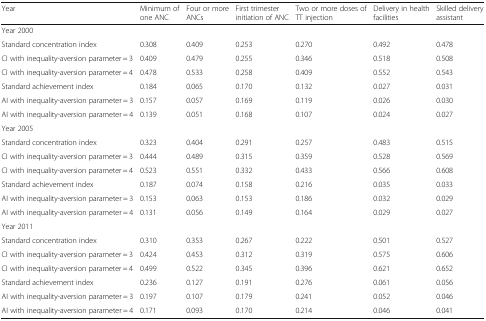
<table><thead><tr><td><b>Year</b></td><td><b>Minimum of one ANC</b></td><td><b>Four or more ANCs</b></td><td><b>First trimester initiation of ANC</b></td><td><b>Two or more doses of TT injection</b></td><td><b>Delivery in health facilities</b></td><td><b>Skilled delivery assistant</b></td></tr></thead><tbody><tr><td>Year 2000</td><td></td><td></td><td></td><td></td><td></td><td></td></tr><tr><td>Standard concentration index</td><td>0.308</td><td>0.409</td><td>0.253</td><td>0.270</td><td>0.492</td><td>0.478</td></tr><tr><td>CI with inequality-aversion parameter = 3</td><td>0.409</td><td>0.479</td><td>0.255</td><td>0.346</td><td>0.518</td><td>0.508</td></tr><tr><td>CI with inequality-aversion parameter = 4</td><td>0.478</td><td>0.533</td><td>0.258</td><td>0.409</td><td>0.552</td><td>0.543</td></tr><tr><td>Standard achievement index</td><td>0.184</td><td>0.065</td><td>0.170</td><td>0.132</td><td>0.027</td><td>0.031</td></tr><tr><td>AI with inequality-aversion parameter = 3</td><td>0.157</td><td>0.057</td><td>0.169</td><td>0.119</td><td>0.026</td><td>0.030</td></tr><tr><td>AI with inequality-aversion parameter = 4</td><td>0.139</td><td>0.051</td><td>0.168</td><td>0.107</td><td>0.024</td><td>0.027</td></tr><tr><td>Year 2005</td><td></td><td></td><td></td><td></td><td></td><td></td></tr><tr><td>Standard concentration index</td><td>0.323</td><td>0.404</td><td>0.291</td><td>0.257</td><td>0.483</td><td>0.515</td></tr><tr><td>CI with inequality-aversion parameter = 3</td><td>0.444</td><td>0.489</td><td>0.315</td><td>0.359</td><td>0.528</td><td>0.569</td></tr><tr><td>CI with inequality-aversion parameter = 4</td><td>0.523</td><td>0.551</td><td>0.332</td><td>0.433</td><td>0.566</td><td>0.608</td></tr><tr><td>Standard achievement index</td><td>0.187</td><td>0.074</td><td>0.158</td><td>0.216</td><td>0.035</td><td>0.033</td></tr><tr><td>AI with inequality-aversion parameter = 3</td><td>0.153</td><td>0.063</td><td>0.153</td><td>0.186</td><td>0.032</td><td>0.029</td></tr><tr><td>AI with inequality-aversion parameter = 4</td><td>0.131</td><td>0.056</td><td>0.149</td><td>0.164</td><td>0.029</td><td>0.027</td></tr><tr><td>Year 2011</td><td></td><td></td><td></td><td></td><td></td><td></td></tr><tr><td>Standard concentration index</td><td>0.310</td><td>0.353</td><td>0.267</td><td>0.222</td><td>0.501</td><td>0.527</td></tr><tr><td>CI with inequality-aversion parameter = 3</td><td>0.424</td><td>0.453</td><td>0.312</td><td>0.319</td><td>0.575</td><td>0.606</td></tr><tr><td>CI with inequality-aversion parameter = 4</td><td>0.499</td><td>0.522</td><td>0.345</td><td>0.396</td><td>0.621</td><td>0.652</td></tr><tr><td>Standard achievement index</td><td>0.236</td><td>0.127</td><td>0.191</td><td>0.276</td><td>0.061</td><td>0.056</td></tr><tr><td>AI with inequality-aversion parameter = 3</td><td>0.197</td><td>0.107</td><td>0.179</td><td>0.241</td><td>0.052</td><td>0.046</td></tr><tr><td>AI with inequality-aversion parameter = 4</td><td>0.171</td><td>0.093</td><td>0.170</td><td>0.214</td><td>0.046</td><td>0.041</td></tr></tbody></table>